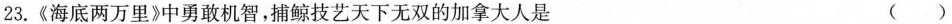
23.《海底两万里》中勇敢机智，捕鲸技艺天下无双的加拿大人是 ()